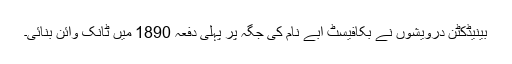
بینیڈکٹن درویشوں نے بکافیسٹ ابے نام کی جگہ پر پہلی دفعہ 1890 میں ٹانک وائن بنائی۔